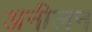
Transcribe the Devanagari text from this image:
अनीलन